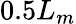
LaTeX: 0.5L_{m}